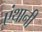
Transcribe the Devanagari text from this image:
एंथानी